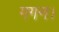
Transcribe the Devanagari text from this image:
गगन।